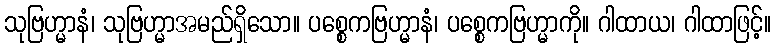
သုဗြဟ္မာနံ၊ သုဗြဟ္မာအမည်ရှိသော။ ပစ္စေကဗြဟ္မာနံ၊ ပစ္စေကဗြဟ္မာကို။ ဂါထာယ၊ ဂါထာဖြင့်။